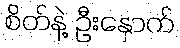
စိတ်နဲ့ ဦးနှောက်